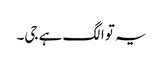
یہ تو الگ ہے جی۔